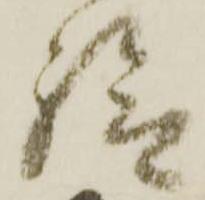
送